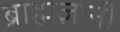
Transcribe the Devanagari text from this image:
ब्राह्मज्ञानी